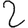
Digit: 2